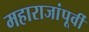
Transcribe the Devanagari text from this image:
महाराजांपूर्वी